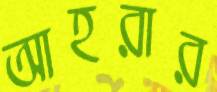
আহরার